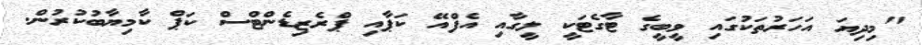
"މިދިޔަ އަހަރުތަކުގައި ވީބީގެ ޓާގެޓަކީ ލީގާއި އެފްއޭ ކަޕާއި ޕްރެޒިޑެންޓްސް ކަޕް ކާމިޔާބުކުރުން.